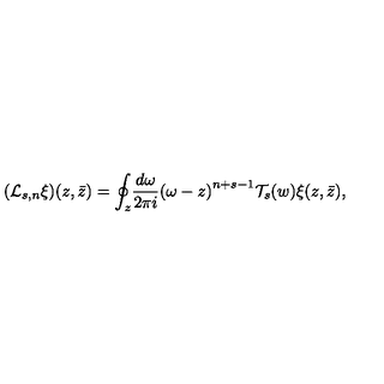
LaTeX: ( \mathcal { L } _ { s , n } \xi ) ( z , \bar { z } ) = { \oint _ { z } } { \frac { d \omega } { 2 \pi i } { ( \omega - z ) } ^ { n + s - 1 } \mathcal { T } _ { s } ( w ) \xi ( z , \bar { z } ) } ,